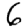
Digit: 6